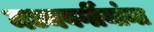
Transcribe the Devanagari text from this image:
मध्यवर्गीयांना